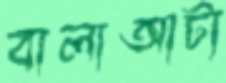
বালাআটা